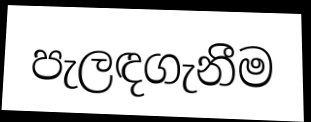
පැලඳගැනීම